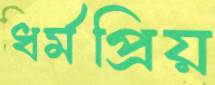
ধর্মপ্রিয়